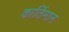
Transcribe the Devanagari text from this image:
कार्तिमान